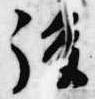
後